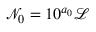
\mathscr { N } _ { 0 } = 1 0 ^ { a _ { 0 } } \mathscr { L }